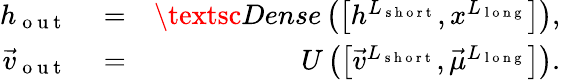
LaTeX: \begin{array}{rlr}{h_{\mathrm{~o~u~t~}}}&{{}=}&{\textsc{Dense}\left(\left[h^{L_{\mathrm{~s~h~o~r~t~}}},x^{L_{\mathrm{~l~o~n~g~}}}\right]\right),}\\ {\vec{v}_{\mathrm{~o~u~t~}}}&{{}=}&{U\left(\left[\vec{v}^{L_{\mathrm{~s~h~o~r~t~}}},\vec{\mu}^{L_{\mathrm{~l~o~n~g~}}}\right]\right).}\end{array}